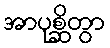
အာပုစ္ဆိတွာ